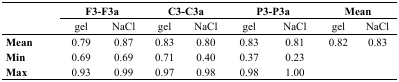
<table><thead><tr><td rowspan="3"></td><td colspan="2"><b>F3-F3a</b></td><td colspan="2"><b>C3-C3a</b></td><td colspan="2"><b>P3-P3a</b></td><td colspan="2"><b>Mean</b></td></tr><tr><td><b>gel</b></td><td><b>NaCl</b></td><td><b>gel</b></td><td><b>NaCl</b></td><td><b>gel</b></td><td><b>NaCl</b></td><td><b>gel</b></td><td><b>NaCl</b></td></tr></thead><tbody><tr><td><b>Mean</b></td><td>0.79</td><td>0.87</td><td>0.83</td><td>0.80</td><td>0.83</td><td>0.81</td><td>0.82</td><td>0.83</td></tr><tr><td><b>Min</b></td><td>0.69</td><td>0.69</td><td>0.71</td><td>0.40</td><td>0.37</td><td>0.23</td><td></td><td></td></tr><tr><td><b>Max</b></td><td>0.93</td><td>0.99</td><td>0.97</td><td>0.98</td><td>0.98</td><td>1.00</td><td></td><td></td></tr></tbody></table>